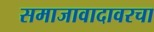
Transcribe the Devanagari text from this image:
समाजावादावरचा